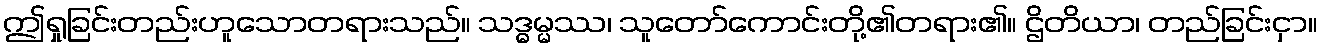
ဤရှုခြင်းတည်းဟူသောတရားသည်။ သဒ္ဓမ္မဿ၊ သူတော်ကောင်းတို့၏တရား၏။ ဌိတိယာ၊ တည်ခြင်းငှာ။